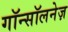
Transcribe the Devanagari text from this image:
गॉन्सॉलनेज़